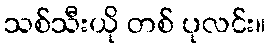
သစ်သီးယို တစ် ပုလင်း။